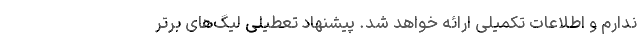
ندارم و اطلاعات تکمیلی ارائه خواهد شد. پیشنهاد تعطیلی لیگ‌های برتر